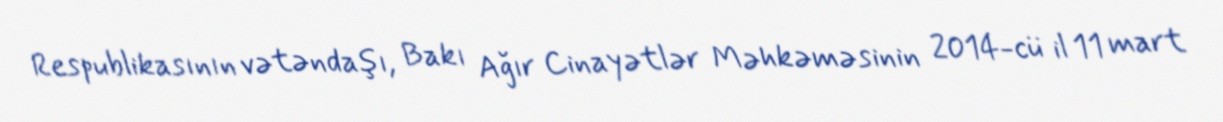
Respublikasının vətəndaşı, Bakı Ağır Cinayətlər Məhkəməsinin 2014-cü il 11 mart